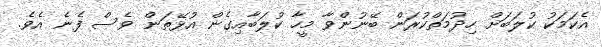
އެކަމަކު ކުލަބަށް ހިދުމަތްކުރަން ބޭނުންވާ މީހާ ކުލަބާއިގެން އުޅޭތަން ވެސް ފެނެ އެވެ.